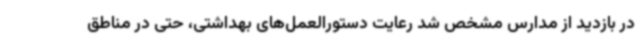
در بازدید از مدارس مشخص شد رعایت دستورالعمل‌های بهداشتی، حتی در مناطق